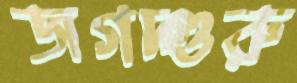
জগদ্গুরু